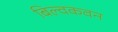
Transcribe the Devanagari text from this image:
बिल्वकवन